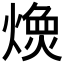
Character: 𱬇